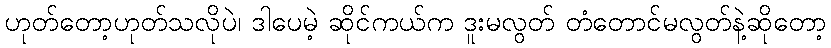
ဟုတ်တော့ဟုတ်သလိုပဲ၊ ဒါပေမဲ့ ဆိုင်ကယ်က ဒူးမလွတ် တံတောင်မလွတ်နဲ့ဆိုတော့